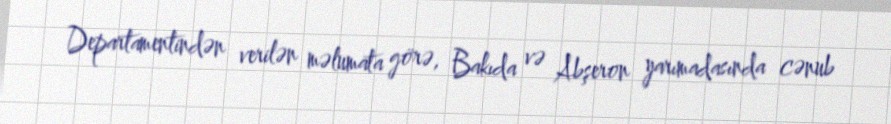
Departamentindən verilən məlumata görə, Bakıda və Abşeron yarımadasında cənub